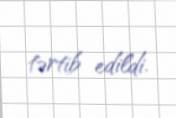
tərtib edildi.